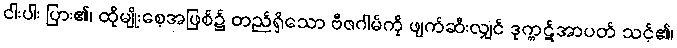
ငါးပါး ပြား၏၊ ထိုမျိုးစေ့အဖြစ်၌ တည်ရှိသော ဗီဇဂါမ်ကို ဖျက်ဆီးလျှင် ဒုက္ကဋ်အာပတ် သင့်၏၊